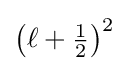
\left(\ell +{\tfrac {1}{2}}\right)^{2}